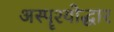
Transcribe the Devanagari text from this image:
अस्पॄश्योद्धार